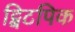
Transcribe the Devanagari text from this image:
ट्विटपिक